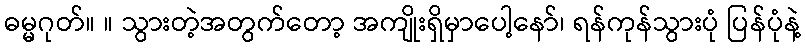
ဓမ္မဂုတ်။ ။ သွားတဲ့အတွက်တော့ အကျိုးရှိမှာပေါ့နော်၊ ရန်ကုန်သွားပုံ ပြန်ပုံနဲ့